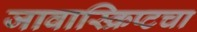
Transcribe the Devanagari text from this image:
जावास्क्रिप्टचा